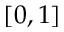
[ 0 , 1 ]